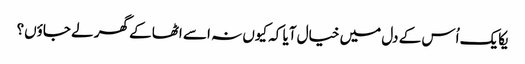
یکایک اُس کے دل میں خیال آیا کہ کیوں نہ اسے اٹھا کے گھر لے جاؤں؟